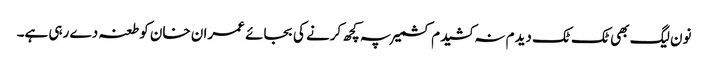
نون لیگ بھی ٹک ٹک دیدم نہ کشیدم کشمیر پہ کچھ کرنے کی بجائے عمران خان کو طعنہ دے رہی ہے۔